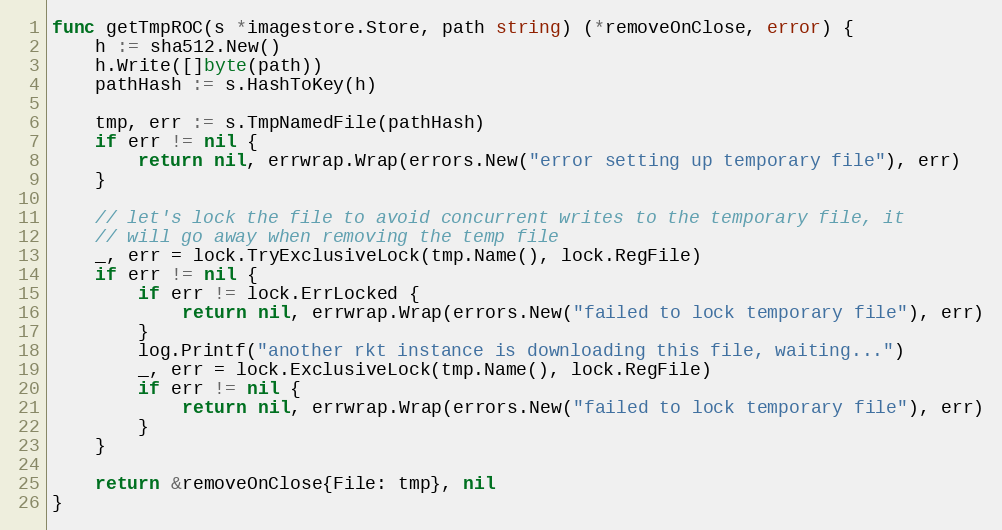
Language: Go
func getTmpROC(s *imagestore.Store, path string) (*removeOnClose, error) {
	h := sha512.New()
	h.Write([]byte(path))
	pathHash := s.HashToKey(h)

	tmp, err := s.TmpNamedFile(pathHash)
	if err != nil {
		return nil, errwrap.Wrap(errors.New("error setting up temporary file"), err)
	}

	// let's lock the file to avoid concurrent writes to the temporary file, it
	// will go away when removing the temp file
	_, err = lock.TryExclusiveLock(tmp.Name(), lock.RegFile)
	if err != nil {
		if err != lock.ErrLocked {
			return nil, errwrap.Wrap(errors.New("failed to lock temporary file"), err)
		}
		log.Printf("another rkt instance is downloading this file, waiting...")
		_, err = lock.ExclusiveLock(tmp.Name(), lock.RegFile)
		if err != nil {
			return nil, errwrap.Wrap(errors.New("failed to lock temporary file"), err)
		}
	}

	return &removeOnClose{File: tmp}, nil
}